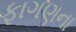
ફાગણના